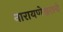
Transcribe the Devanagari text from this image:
नारायणेश्वराचे